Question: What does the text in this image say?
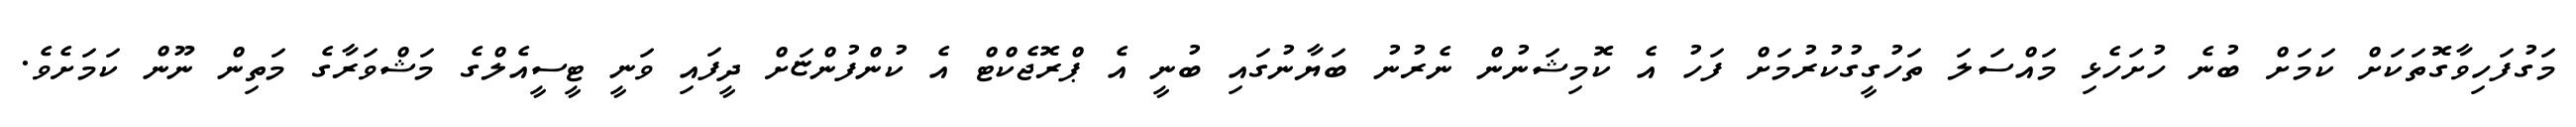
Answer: މަގުފަހިވާގޮތަކަށް ކަމަށް ބުނެ ހުށަހެޅި މައްސަލަ ތަހުގީގުކުރުމަށް ފަހު އެ ކޮމިޝަނުން ނެރުނު ބަޔާނުގައި ބުނީ އެ ޕްރޮޖެކްޓް އެ ކުންފުންޏަށް ދީފައި ވަނީ ޓީސީއެލްގެ މަޝްވަރާގެ މަތިން ނޫން ކަމަށެވެ.